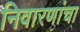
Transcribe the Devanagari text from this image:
निवारणांचा